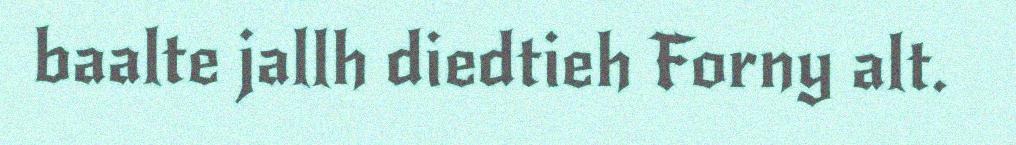
baalte jallh diedtieh Forny alt.